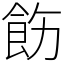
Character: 飭